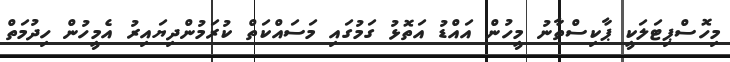
މިހޮސްޕިޓަލަކީ ޕާކިސްތާނު މީހުން އައްޑު އަތޮޅު ގަމުގައި މަސައްކަތް ކުރަމުންދިޔައިރު އެމީހުން ހިދުމަތް